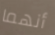
أنهما